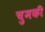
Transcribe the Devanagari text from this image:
चुमकी